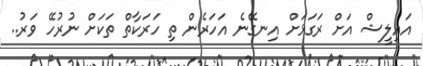
އައިލީޝް އަށް ރަގަޅަށް އިނގޭނެ އަހަރެން ތި ހަރަކާތް ތަކަށް ނުރުހޭ ވަރު..